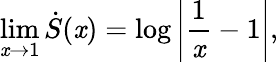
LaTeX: \operatorname*{lim}_{\mathit{x}\rightarrow1}\dot{{S}}(\mathit{x})=\log\left|\frac{{1}}{{\mathit{x}}}-1\right|,